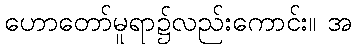
ဟောတော်မူရာ၌လည်းကောင်း။ အ